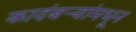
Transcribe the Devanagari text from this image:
कादंबऱ्यांमधून